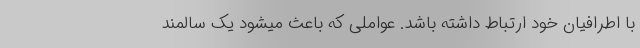
با اطرافیان خود ارتباط داشته باشد. عواملی که باعث میشود یک سالمند